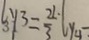
y _ { 3 } = \frac { 2 1 } { 3 } y _ { 4 }